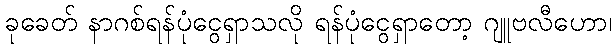
ခုခေတ် နာဂစ်ရန်ပုံငွေရှာသလို ရန်ပုံငွေရှာတော့ ဂျူဗလီဟော၊